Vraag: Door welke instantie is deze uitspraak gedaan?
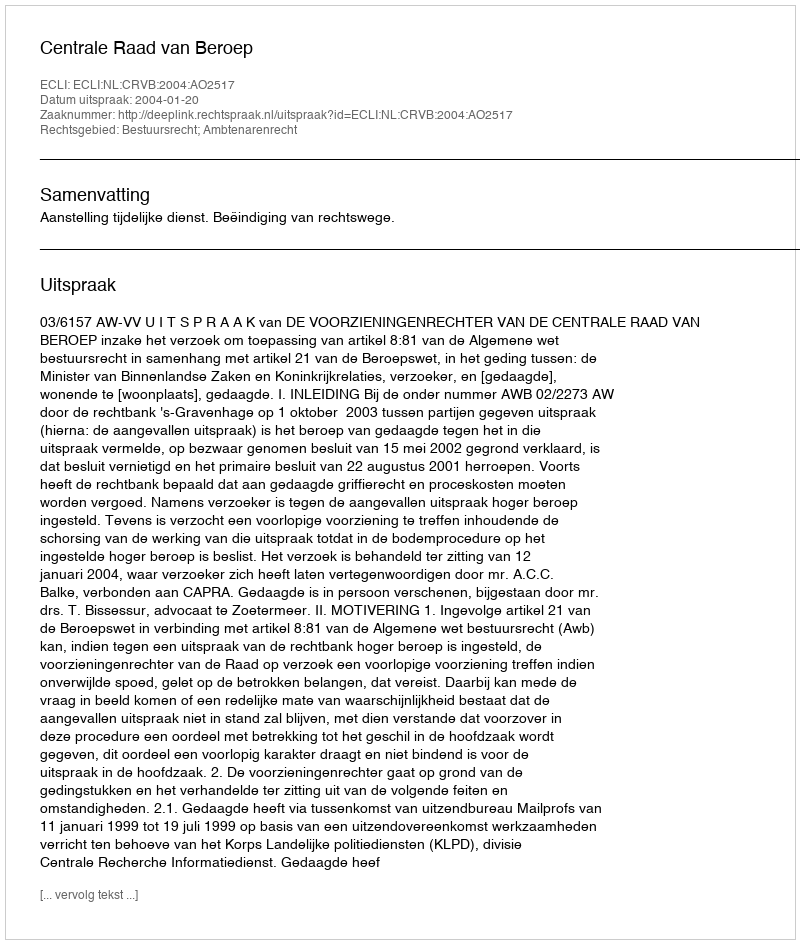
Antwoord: Centrale Raad van Beroep